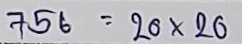
756 = 20 x 20